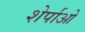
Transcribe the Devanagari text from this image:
शेर्पाओ